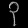
Digit: ၃